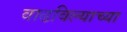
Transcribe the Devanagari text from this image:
वाढविल्याच्या